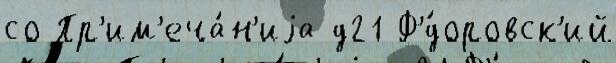
со Пр'им'еча́н'иjа д21 Ф'́доровск'ий